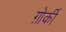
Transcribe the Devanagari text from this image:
ग़ोर्की